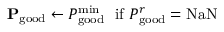
\mathbf { P } _ { \mathrm { g o o d } } \leftarrow P _ { \mathrm { g o o d } } ^ { \mathrm { m i n } } \ \ \mathrm { i f } \ P _ { \mathrm { g o o d } } ^ { r } = \mathrm { N a N }